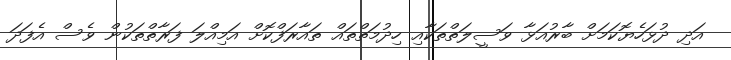
އަދި ދުޅަހެޔޮކަމަށް ބާރުއަޅާ ވަސީލަތްތަކާއި ހިދުމަތްތައް ތައާރަފްކޮށް އަމިއްލަ ފަރާތްތަކުން ވެސް އެފަދަ